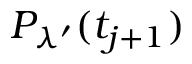
P _ { \lambda ^ { \prime } } ( t _ { j + 1 } )